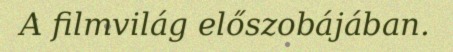
A filmvilág előszobájában.